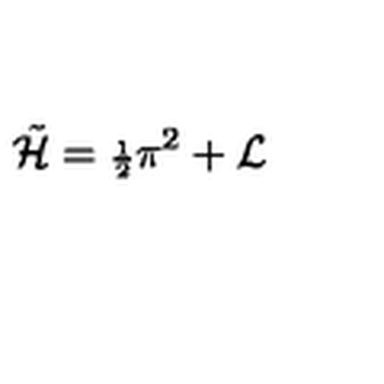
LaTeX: { \tilde { { \cal H } } } = { \scriptstyle \frac { 1 } { 2 } } \pi ^ { 2 } + { \cal L }